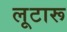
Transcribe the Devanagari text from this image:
लूटारू